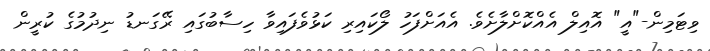
ވިޓަމިން-"އީ" އޮއިލް އެއްކޮށްލާށެވެ. އެއަށްފަހު ލޯކައިރި ކަޅުވެފައިވާ ހިސާބުގައި ރޭގަނޑު ނިދުމުގެ ކުރީން